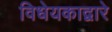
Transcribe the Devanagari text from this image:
विधेयकाद्वारे